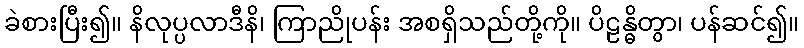
ခဲစားပြီး၍။ နိလုပ္ပလာဒီနိ၊ ကြာညိုပန်း အစရှိသည်တို့ကို။ ပိဠန္ဓိတွာ၊ ပန်ဆင်၍။